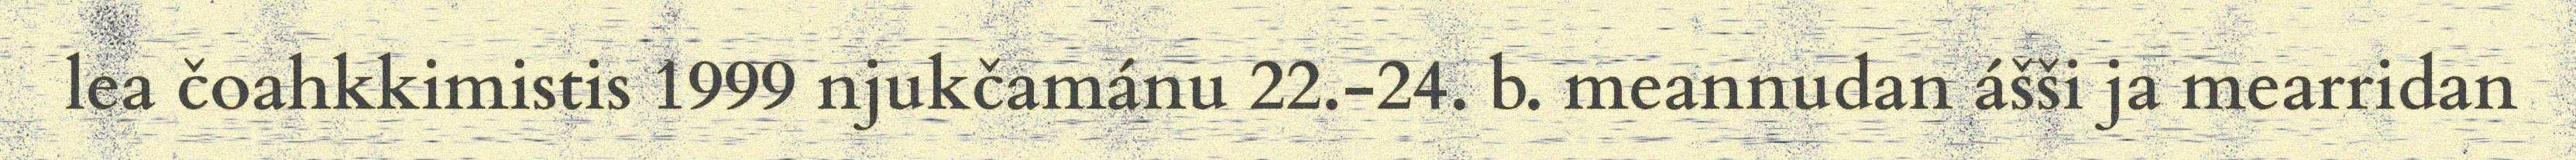
lea čoahkkimistis 1999 njukčamánu 22.-24. b. meannudan ášši ja mearridan